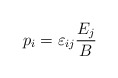
\begin{align*}p_{i}=\varepsilon_{ij}\frac{E_{j}}{B} \end{align*}